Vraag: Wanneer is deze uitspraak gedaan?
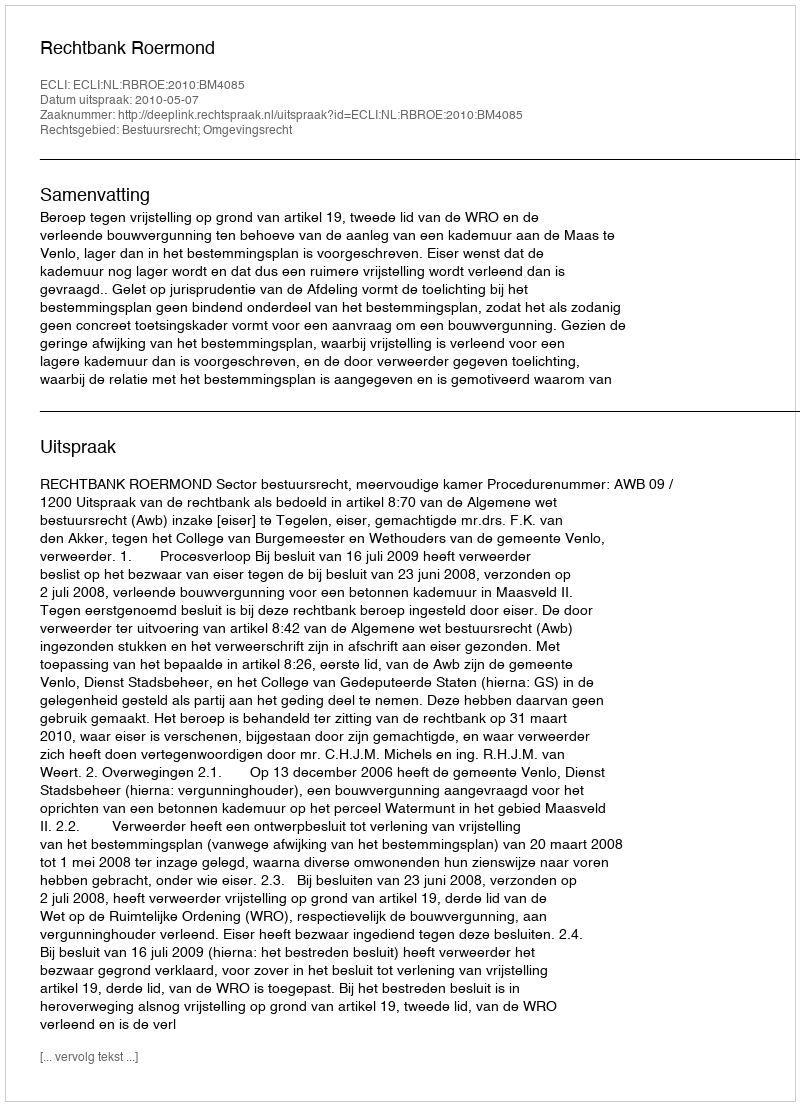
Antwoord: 2010-05-07